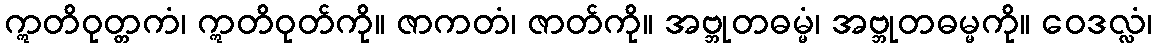
ဣတိဝုတ္တကံ၊ ဣတိဝုတ်ကို။ ဇာကတံ၊ ဇာတ်ကို။ အဗ္ဘုတဓမ္မံ၊ အဗ္ဘုတဓမ္မကို။ ဝေဒလ္လံ၊